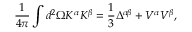
\frac { 1 } { 4 \pi } \int d ^ { 2 } \Omega K ^ { \alpha } K ^ { \beta } = \frac { 1 } { 3 } \Delta ^ { \alpha \beta } + V ^ { \alpha } V ^ { \beta } ,